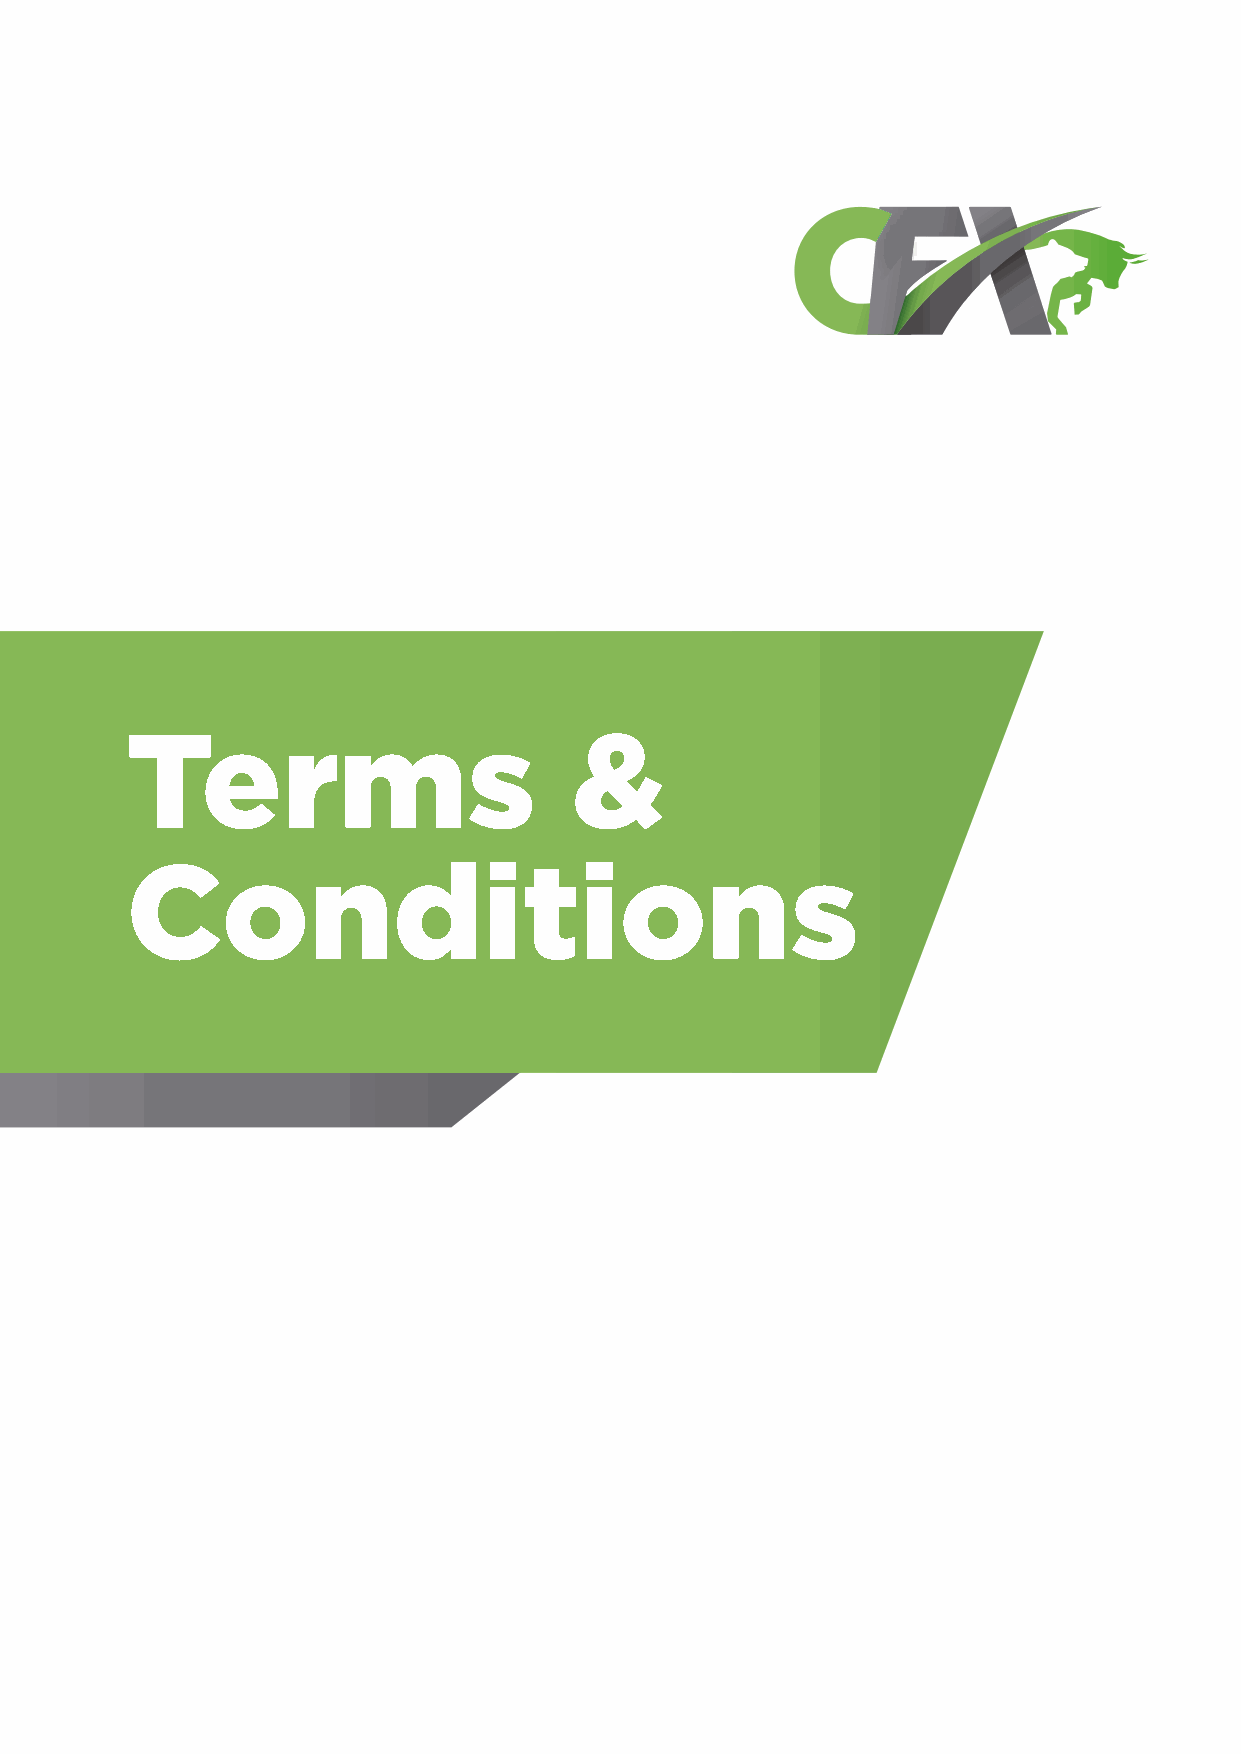
Terms                         &
 Conditions